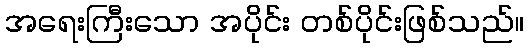
အရေးကြီးသော အပိုင်း တစ်ပိုင်းဖြစ်သည်။